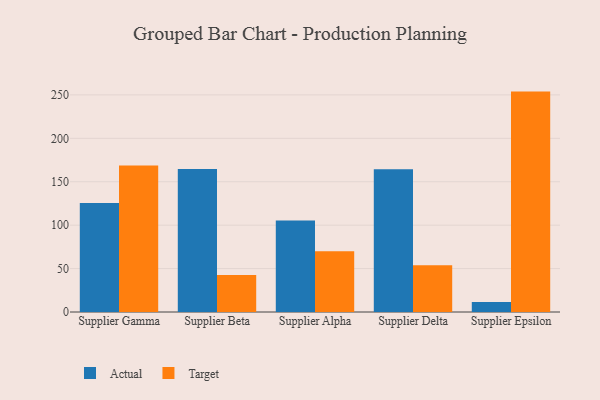
{"axis": {"x": "Supplier", "y": "Customer Acquisition Cost (USD)"}, "legend": ["Actual", "Target"], "data": [{"x": "Supplier Gamma", "y": 125.6, "type": "Actual"}, {"x": "Supplier Gamma", "y": 168.6, "type": "Target"}, {"x": "Supplier Beta", "y": 164.6, "type": "Actual"}, {"x": "Supplier Beta", "y": 42.5, "type": "Target"}, {"x": "Supplier Alpha", "y": 105.4, "type": "Actual"}, {"x": "Supplier Alpha", "y": 69.9, "type": "Target"}, {"x": "Supplier Delta", "y": 164.4, "type": "Actual"}, {"x": "Supplier Delta", "y": 53.7, "type": "Target"}, {"x": "Supplier Epsilon", "y": 11.5, "type": "Actual"}, {"x": "Supplier Epsilon", "y": 253.8, "type": "Target"}]}